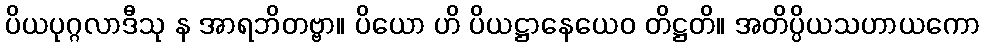
ပိယပုဂ္ဂလာဒီသု န အာရဘိတဗ္ဗာ။ ပိယော ဟိ ပိယဋ္ဌာနေယေဝ တိဋ္ဌတိ။ အတိပ္ပိယသဟာယကော